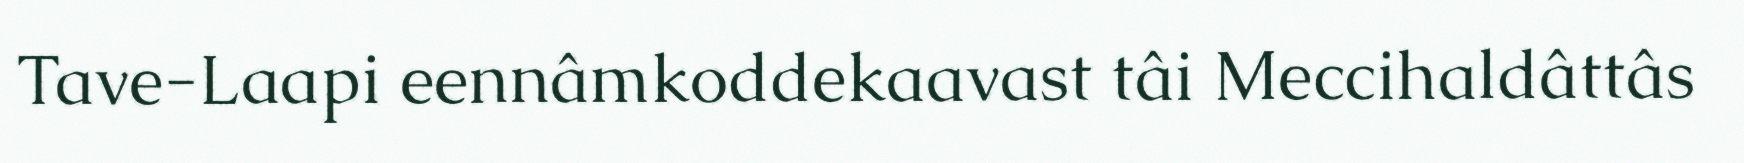
Tave-Laapi eennâmkoddekaavast tâi Meccihaldâttâs